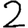
Digit: 2